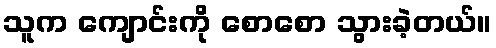
သူက ကျောင်းကို စောစော သွားခဲ့တယ်။